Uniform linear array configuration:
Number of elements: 48
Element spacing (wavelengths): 0.75
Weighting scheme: blackman
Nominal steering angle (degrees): -15
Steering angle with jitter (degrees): -16.303
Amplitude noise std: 0.05
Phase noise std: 0.05

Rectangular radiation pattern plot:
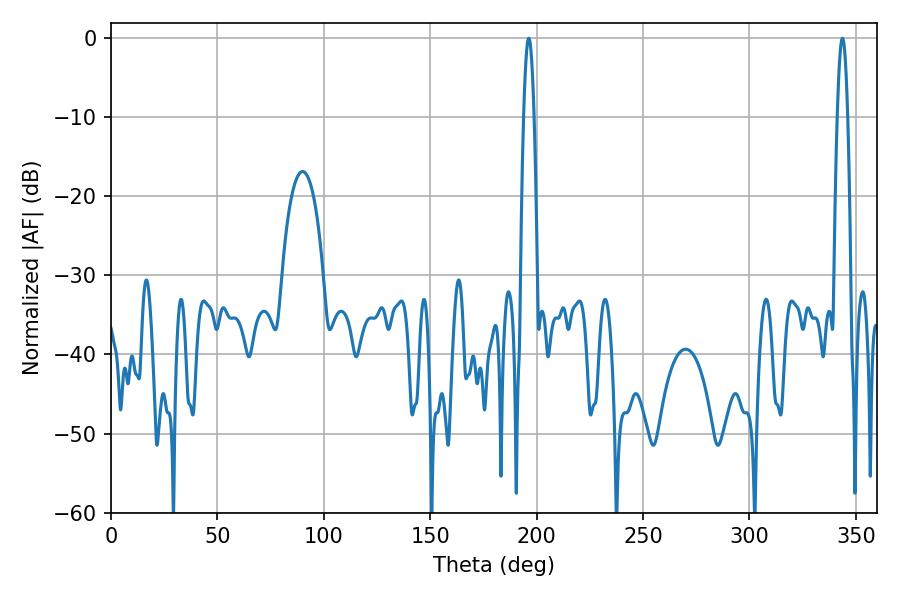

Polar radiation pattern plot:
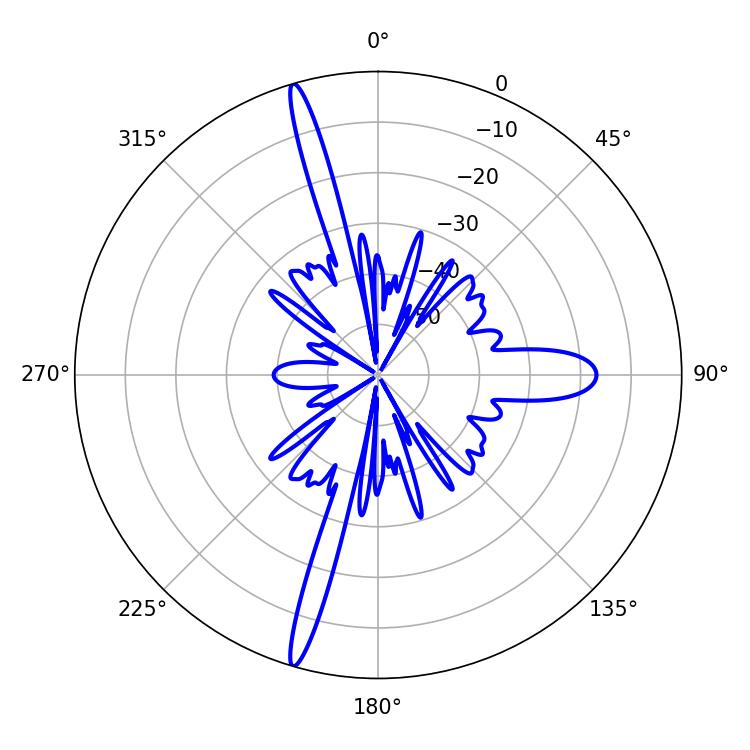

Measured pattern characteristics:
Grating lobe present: TRUE
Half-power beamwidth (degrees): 2.7
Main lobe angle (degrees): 343.62